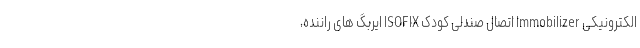
الکترونیکی Immobilizer اتصال صندلی کودک ISOFIX ایربگ های راننده،